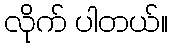
လိုက် ပါတယ်။